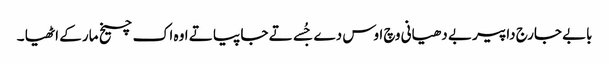
بابے جارج داپیر بے دھیانی وچ اوس دے جُسے تے جا پیا تے اوہ اک چیخ مار کے اٹھیا ۔